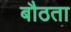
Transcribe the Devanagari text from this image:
बौठता